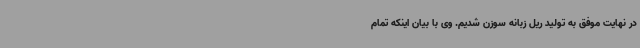
در نهایت موفق به تولید ریل زبانه سوزن شدیم. وی با بیان اینکه تمام